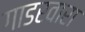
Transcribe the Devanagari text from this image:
गाडरवारा